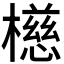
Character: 𪴆